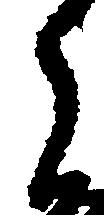
之